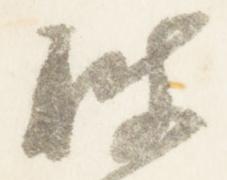
披